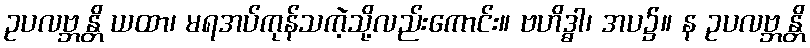
ဥပလဗ္ဘန္တိ ယထာ၊ မရအပ်ကုန်သကဲ့သို့လည်းကောင်း။ ဗဟိဒ္ဓါ၊ အပ၌။ န ဥပလဗ္ဘန္တိ